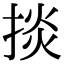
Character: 掞